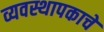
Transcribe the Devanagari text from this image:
व्यवस्थापकाचे